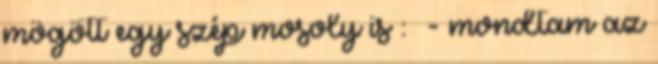
mögött egy szép mosoly is : - mondtam az